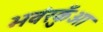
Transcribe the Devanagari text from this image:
भवंरकुँआ